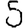
Digit: 5